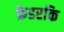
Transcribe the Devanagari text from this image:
फ्रेडरकि